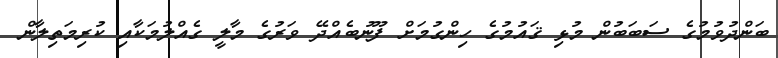
ބަންދުވުމުގެ ސަބަބުން މުޅި ޤައުމުގެ ހިންގުމަށް ފޫނުބެއްދޭ ވަރުގެ މާލީ ގެއްލުމަކާއި ކުރިމަތިލާން